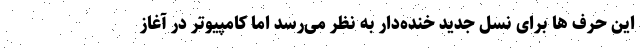
این حرف ها برای نسل جدید خنده‌دار به نظر می‌رسد اما کامپیوتر در آغاز